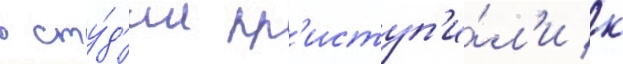
в сту́д'ии пр'иступ'и́л'и к